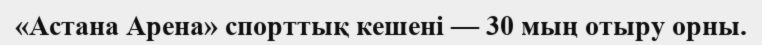
«Астана Арена» спорттық кешені — 30 мың отыру орны.